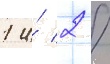
1 и́ 2 /